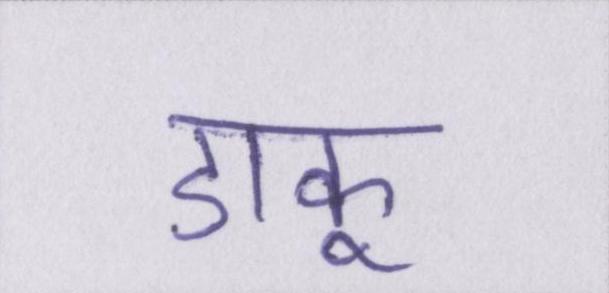
डाकू